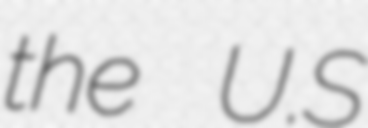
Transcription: the U.S